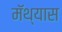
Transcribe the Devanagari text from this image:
मॅथ्यास